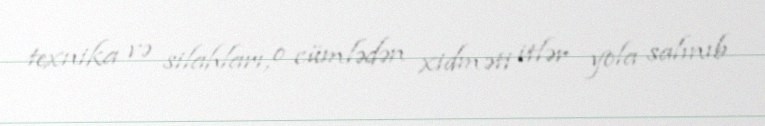
texnika və silahları, o cümlədən xidməti itlər yola salınıb.